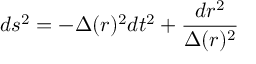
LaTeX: d s ^ { 2 } = - \Delta ( r ) ^ { 2 } d t ^ { 2 } + \frac { d r ^ { 2 } } { \Delta ( r ) ^ { 2 } }